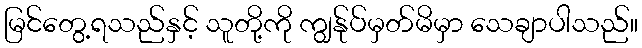
မြင်တွေ့ရသည်နှင့် သူတို့ကို ကျွန်ုပ်မှတ်မိမှာ သေချာပါသည်။